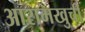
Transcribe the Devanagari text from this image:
आरामखुर्ची